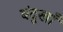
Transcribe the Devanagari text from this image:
बंदुखाँ